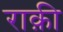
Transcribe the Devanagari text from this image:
राक़ी